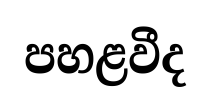
පහළවීද